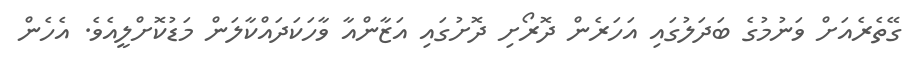
ގޭތެރެއަށް ވަނުމުގެ ބަދަލުގައި އަހަރެން ދޮރޯށި ދޮށުގައި އަޒާންއާ ވާހަކަދައްކާލަން މަޑުކޮށްލީއެވެ. އެހެން